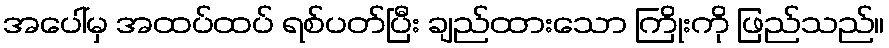
အပေါ်မှ အထပ်ထပ် ရစ်ပတ်ပြီး ချည်ထားသော ကြိုးကို ဖြည်သည်။